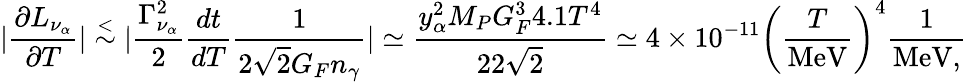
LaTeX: |{\frac{\partial L_{\nu_{\alpha}}}{\partial T}}|\stackrel{<}{\sim}|{\frac{\Gamma_{\nu_{\alpha}}^{2}}{2}}{\frac{dt}{dT}}{\frac{1}{2\sqrt{2}G_{F}n_{\gamma}}}|\simeq{\frac{y_{\alpha}^{2}M_{P}G_{F}^{3}4.1T^{4}}{22\sqrt{2}}}\simeq 4\times 10^{-11}\left({\frac{T}{\mathrm{MeV}}}\right)^{4}{\frac{1}{\mathrm{MeV,}}}